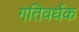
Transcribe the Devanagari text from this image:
गतिवर्धक